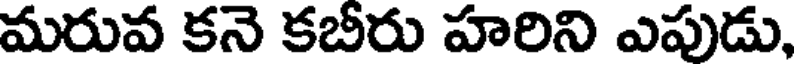
మరువ కనె కబీరు హరిని ఎపుడు,